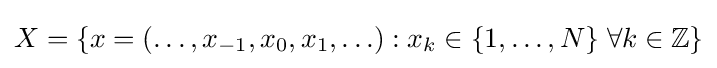
X=\{x=(\ldots ,x_{-1},x_{0},x_{1},\ldots ):x_{k}\in \{1,\ldots ,N\}\;\forall k\in \mathbb {Z} \}